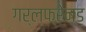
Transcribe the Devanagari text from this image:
गर्लफ्रेन्ड